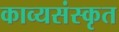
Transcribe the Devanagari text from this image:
काव्यसंस्कृत